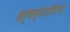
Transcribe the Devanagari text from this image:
सर्वव्यापीपणा